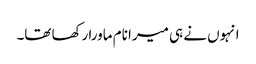
انہوں نے ہی میرا نام ماورا رکھا تھا۔